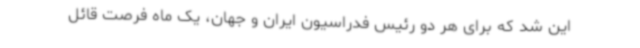
این شد که برای هر دو رئیس فدراسیون ایران و جهان، یک ماه فرصت قائل